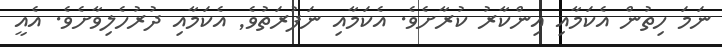
ނަމަ ހިތުން އެކަމާއި އިންކާރު ކުރާށެވެ. އެކަމާއި ނަފުރަތުވެ